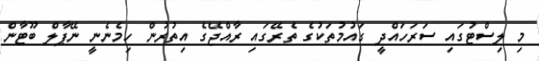
މި ލިސްޓުގައި ސަަރަހައްދީ ގައުމުތަކުގެ ތެރޭގައި ރާއްޖޭގެ އިތުރުން ހިމެނެނީ ނޭޕާލް ބޫޓާން